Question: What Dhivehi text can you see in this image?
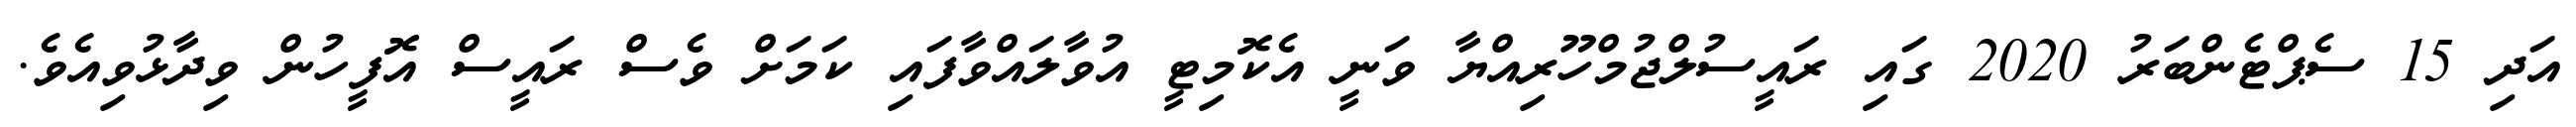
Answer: އަދި 15 ސެޕްޓެންބަރު 2020 ގައި ރައީސުލްޖުމްހޫރިއްޔާ ވަނީ އެކޮމިޓީ އުވާލައްވާފައި ކަމަށް ވެސް ރައީސް އޮފީހުން ވިދާޅުވިއެވެ.